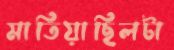
মাতিয়াছিলটা